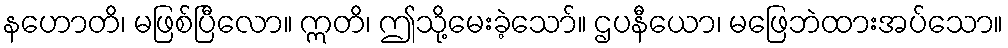
နဟောတိ၊ မဖြစ်ပြီလော။ ဣတိ၊ ဤသို့မေးခဲ့သော်။ ဌပနီယော၊ မဖြေဘဲထားအပ်သော။